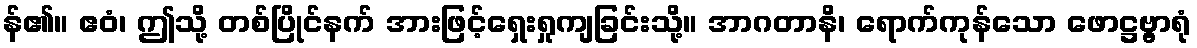
န်၏။ ဧဝံ၊ ဤသို့ တစ်ပြိုင်နက် အားဖြင့်ရှေးရှုကျခြင်းသို့။ အာဂတာနိ၊ ရောက်ကုန်သော ဖောဋ္ဌဗ္ဗ္ဗာရုံ